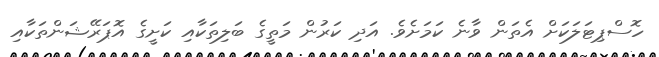
ހޮސްޕިޓަލަކަށް އެތަން ވާނެ ކަމަށެވެ. އަދި ކަރުން މަތީގެ ބަލިތަކާއި ކަށީގެ އޮޕަރޭޝަންތަކާއި